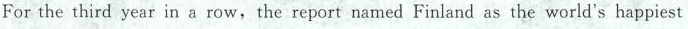
For the third year in a row, the report named Finland as the world's happiest